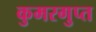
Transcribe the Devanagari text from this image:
कुमरगुप्त